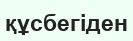
құсбегіден